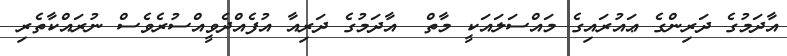
އާދަމުގެ ދަރިންގެ ޢައުރައިގެ މައްސަލައަކީ މާތް  އާދަމުގެ ދަރިއާ އުފެއްދެވީއްސުރެވެސް ނުރައްކާތެރި